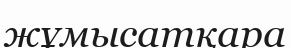
жұмысатқара